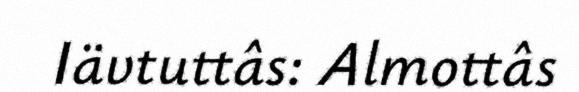
Iävtuttâs: Almottâs